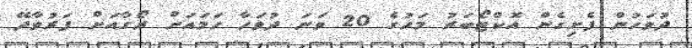
ދުވަހުން ފެށިގެން އޮކްޓޯބަރު މަހުގެ 20 ވަނަ ދުވަހާ ހަމައަށް ރޯގާއަށް ފަރުވާދޭ